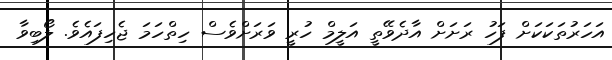
އަހަރުތަކަކަށް ފަހު ރަށަށް އާދެވޭތީ އަލީމް ހުރީ ވަރަށްވެސް ހިތްހަމަ ޖެހިފައެވެ. ލޯބިވާ